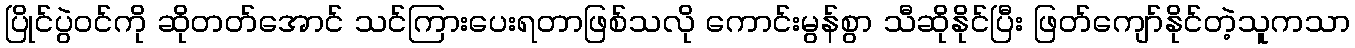
ပြိုင်ပွဲဝင်ကို ဆိုတတ်အောင် သင်ကြားပေးရတာဖြစ်သလို ကောင်းမွန်စွာ သီဆိုနိုင်ပြီး ဖြတ်ကျော်နိုင်တဲ့သူကသာ